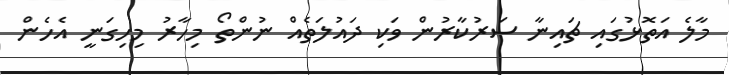
މާލެ އަތޮޅުގައި ޗައިނާ ސަރުކާރުން ވަކި ދައުލަތެއް ނުންތޯ މިހާރު މިހިގަނީ އެހެން